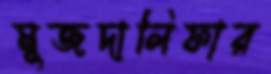
মুজদালিফার